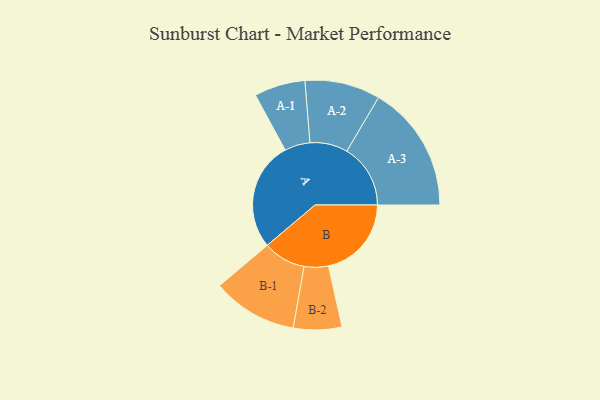
{"axis": {"x": "Segment", "y": "Value"}, "legend": ["", "A", "B"], "data": [{"x": "A", "y": 491, "type": ""}, {"x": "B", "y": 374, "type": ""}, {"x": "A-1", "y": 115, "type": "A"}, {"x": "A-2", "y": 170, "type": "A"}, {"x": "A-3", "y": 287, "type": "A"}, {"x": "B-1", "y": 192, "type": "B"}, {"x": "B-2", "y": 109, "type": "B"}]}